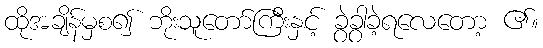
ထိုအချိန်မှစ၍ ဘိုးသူတော်ကြီးနှင့် ခွဲခွာခဲ့ရလေတော့ ၏။